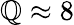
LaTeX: \mathbb{Q}\approx8